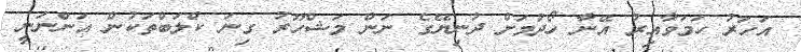
އަހަރު ހަމަވާއިރު އޭނާ ހޯދުމަށް ދުނިޔޭގެ ނަން މަޝްހޫރު ގިނަ ކްލަބްތަކުން އަންނަނީ